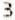
3